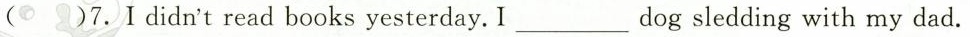
（）7.Ⅰdidn't read books yesterday. I ___ dog sledding with my dad.